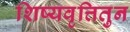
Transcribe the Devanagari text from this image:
शिष्यवृत्तितुन